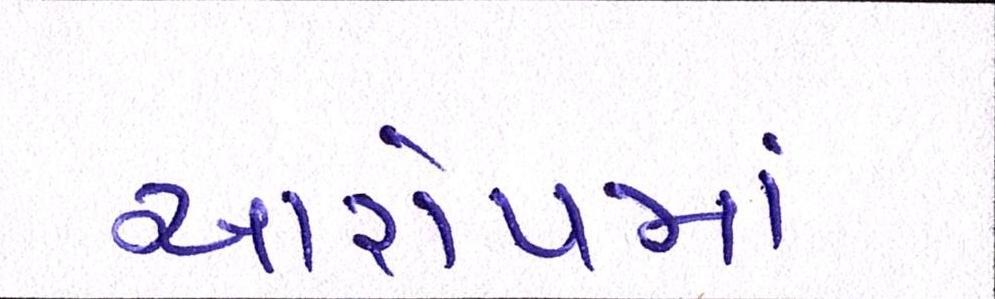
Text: આરોપમાં